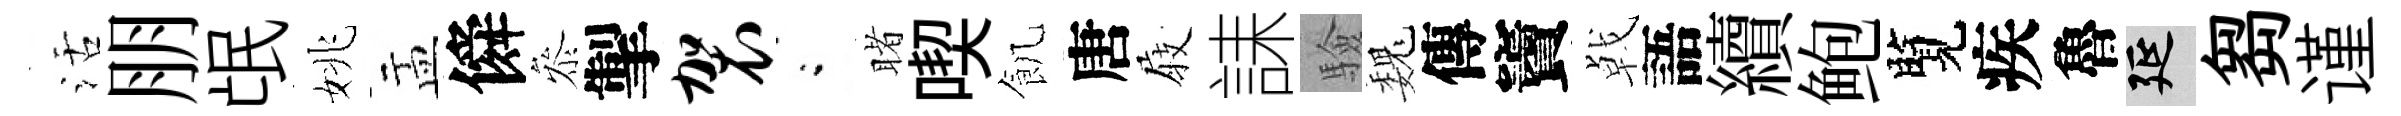
活朋氓姚盂僢叅掣袈閤睹喫飢唐𡲆誄驗巍傳竇㦸語續鲍覽疾魯延芻谨